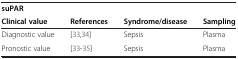
| suPAR |  |  |  |
 | Clinical value | References | Syndrome/disease | Sampling |
 | --- | --- | --- | --- |
 | Diagnostic value | [33,34] | Sepsis | Plasma |
 | Pronostic value | [33-35] | Sepsis | Plasma |